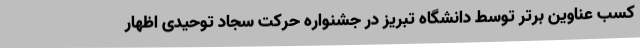
کسب عناوین برتر توسط دانشگاه تبریز در جشنواره حرکت سجاد توحیدی اظهار